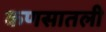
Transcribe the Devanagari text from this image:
कणसातली